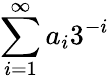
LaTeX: \sum_{i=1}^{\infty}a_{i}3^{-i}